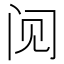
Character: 𲈶